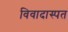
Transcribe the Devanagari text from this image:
विवादास्पत